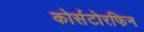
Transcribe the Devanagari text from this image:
कोर्सटोरफिन